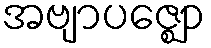
အဗျာပဇ္ဈော